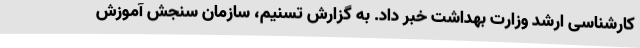
کارشناسی ارشد وزارت بهداشت خبر داد. به گزارش تسنیم، سازمان سنجش آموزش